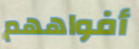
أفواههم